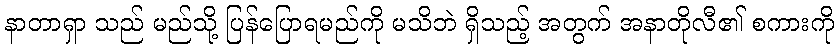
နာတာရှာ သည် မည်သို့ ပြန်ပြောရမည်ကို မသိဘဲ ရှိသည့် အတွက် အနာတိုလီ၏ စကားကို